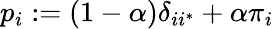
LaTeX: p_{i}:=\left(1-\alpha\right)\delta_{ii^{*}}+\alpha\pi_{i}